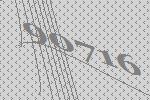
90716